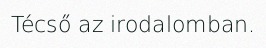
Técső az irodalomban.